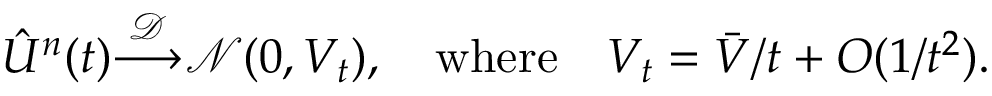
{ \hat { U } } ^ { n } ( t ) { \stackrel { \mathcal { D } } { \longrightarrow } } { \mathcal { N } } ( 0 , V _ { t } ) , \quad { \mathrm { w h e r e } } \quad V _ { t } = { \bar { V } } / t + O ( 1 / t ^ { 2 } ) .